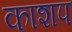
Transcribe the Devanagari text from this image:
काशप